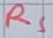
Text: RS